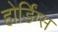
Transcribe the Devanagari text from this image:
होर्डिंग्स